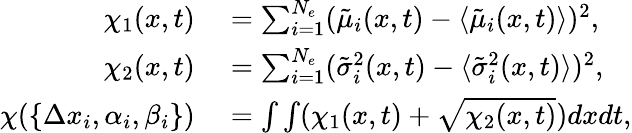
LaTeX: \begin{array}{rl}{\chi_{1}(x,t)}&{{}=\sum_{i=1}^{N_{e}}(\tilde{\mu}_{i}(x,t)-\langle{\tilde{\mu}_{i}(x,t)}\rangle{})^{2},}\\ {\chi_{2}(x,t)}&{{}=\sum_{i=1}^{N_{e}}(\tilde{\sigma}_{i}^{2}(x,t)-\langle{\tilde{\sigma}_{i}^{2}(x,t)}\rangle{})^{2},}\\ {\chi(\{ \Delta x_{i},\alpha_{i},\beta_{i}\} )}&{{}=\int\int(\chi_{1}(x,t)+\sqrt{\chi_{2}(x,t)})dxdt,}\end{array}